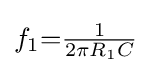
f_{1}{=}{\tfrac {1}{2\pi R_{1}C}}